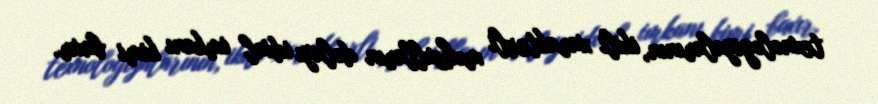
texnologiyalarının, ikili xarakterli məhsulların dolayı idxal imkanı kimi baxır.